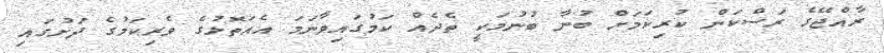
ރާއްޖޭގެ ރަސްކަން ކުރިކަމަށް ބުނާ ބުނުމަކީ ތެދެއް ކަމުގައިވާނަމަ އެއަތޮޅުގެ ވެރިކަމުގެ ދަށުގައި